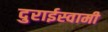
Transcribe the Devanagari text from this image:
दुराईस्वामी